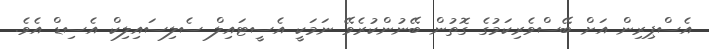
އެސްޕިރިން އަށް ބޭސްވެރިކަމުގެ ގޮތުން ބޭނުންކުރެވޭ ނަމަކީ އެސީޓައިލް ސެލިސައިލިކް އެސިޑް އެވެ.